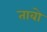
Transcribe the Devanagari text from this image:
ताबो